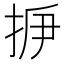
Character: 𢫽